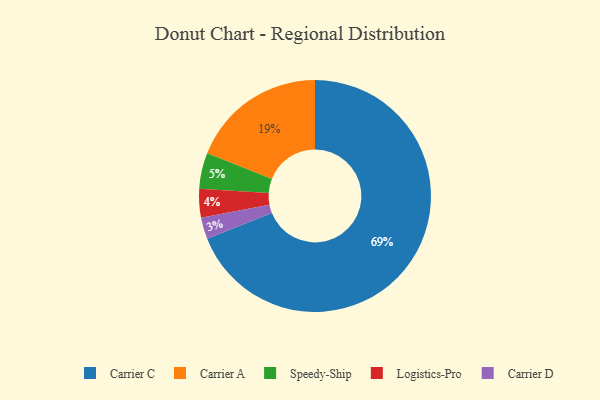
{"axis": {"x": "Category", "y": "Percentage"}, "legend": ["Carrier A", "Carrier C", "Carrier D", "Logistics-Pro", "Speedy-Ship"], "data": [{"x": "Carrier C", "y": 69, "type": "Carrier C"}, {"x": "Carrier D", "y": 3, "type": "Carrier D"}, {"x": "Carrier A", "y": 19, "type": "Carrier A"}, {"x": "Speedy-Ship", "y": 5, "type": "Speedy-Ship"}, {"x": "Logistics-Pro", "y": 4, "type": "Logistics-Pro"}]}